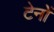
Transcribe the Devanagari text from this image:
टेनों